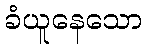
ခံယူနေသော